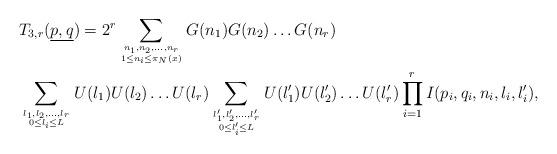
LaTeX: \begin{align*}&T_{3,r}(\underline{p,q}) = 2^r \sum_{n_1,n_2,\dots, n_r \atop {1 \leq n_i \leq \pi_N(x)}}G(n_1)G(n_2)\dots G(n_r) \\&\sum_{l_1,l_2,\dots, l_r \atop {0 \leq l_i \leq L}}U(l_1)U(l_2)\dots U(l_r) \sum_{l_1',l_2',\dots, l_r' \atop {0 \leq l_i' \leq L}}U(l_1')U(l_2')\dots U(l_r') \prod_{i=1}^r I(p_i,q_i,n_i,l_i,l_i'),\end{align*}